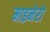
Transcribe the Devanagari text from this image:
माइनेरो